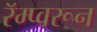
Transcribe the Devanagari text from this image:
रॅम्प्वरून